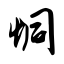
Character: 恫